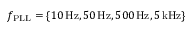
f _ { \mathrm { P L L } } = \{ 1 0 \, \mathrm { H z } , 5 0 \, \mathrm { H z } , 5 0 0 \, \mathrm { H z } , 5 \, \mathrm { k H z } \}